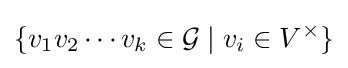
\{v_{1}v_{2}\cdots v_{k}\in {\mathcal {G}}\mid v_{i}\in V^{\times }\}